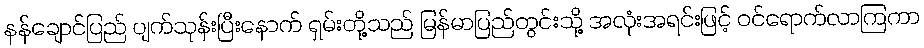
နန်ချောင်ပြည် ပျက်သုန်းပြီးနောက် ရှမ်းတို့သည် မြန်မာပြည်တွင်းသို့ အလုံးအရင်းဖြင့် ဝင်ရောက်လာကြကာ